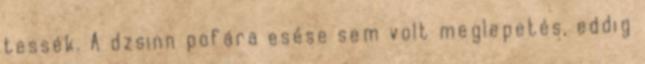
tessék. A dzsinn pofára esése sem volt meglepetés, eddig